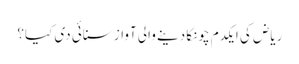
ریاض کی ایکدم چونکا دینے والی آواز سنائی دی کیا؟